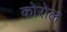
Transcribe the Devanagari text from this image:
कोरोल